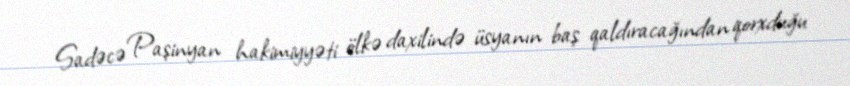
Sadəcə Paşinyan hakimiyyəti ölkə daxilində üsyanın baş qaldıracağından qorxduğu